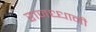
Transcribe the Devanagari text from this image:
राजध्धानी